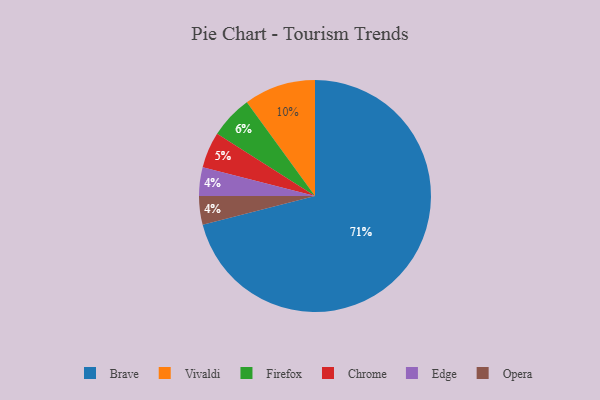
{"axis": {"x": "Category", "y": "Percentage"}, "legend": ["Brave", "Chrome", "Edge", "Firefox", "Opera", "Vivaldi"], "data": [{"x": "Brave", "y": 71, "type": "Brave"}, {"x": "Edge", "y": 4, "type": "Edge"}, {"x": "Vivaldi", "y": 10, "type": "Vivaldi"}, {"x": "Firefox", "y": 6, "type": "Firefox"}, {"x": "Chrome", "y": 5, "type": "Chrome"}, {"x": "Opera", "y": 4, "type": "Opera"}]}